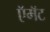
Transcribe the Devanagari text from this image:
ऍमॅट